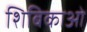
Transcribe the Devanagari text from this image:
शिबिकाओं